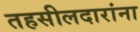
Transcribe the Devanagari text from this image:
तहसीलदारांना